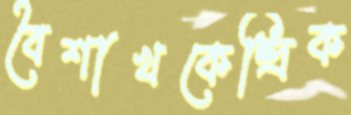
বৈশাখকেন্দ্রিক